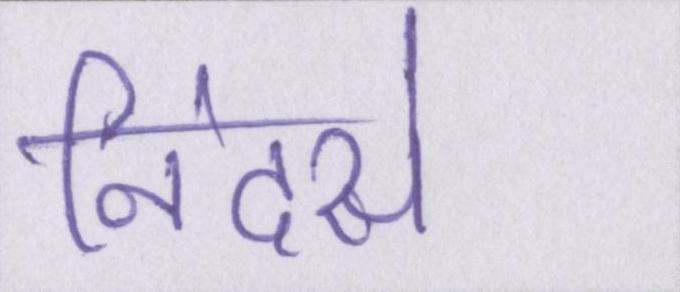
निंदसे